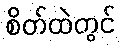
စိတ်ထဲတွင်